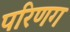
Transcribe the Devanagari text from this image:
परिणग